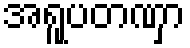
အရူပတဏှာ